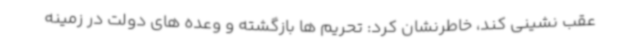
عقب نشینی کند، خاطرنشان کرد: تحریم ها بازگشته و وعده های دولت در زمینه